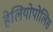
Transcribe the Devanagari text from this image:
हेलियोपोलिस